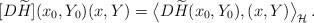
LaTeX: \begin{align*} [D\widetilde{H}](x_0,Y_0)(x, Y)=\big< D\widetilde{H}(x_0,Y_0), (x, Y)\big>_{\mathcal H}\,. \end{align*}